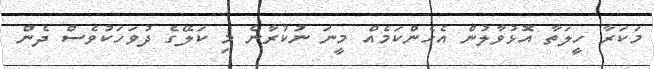
މަކަރާ ހީލަތާ އޮޅުވާލުން އެހެންކަމެއް މީނަ ނުކުރާނެ މި ކަލޭގެ ދުވަހަކުވެސް ދެން